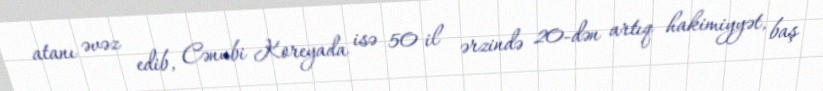
atanı əvəz edib, Cənubi Koreyada isə 50 il ərzində 20-dən artıq hakimiyyət, baş